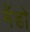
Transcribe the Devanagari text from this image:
मॅडो